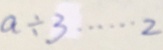
a \div 3 \cdots 2